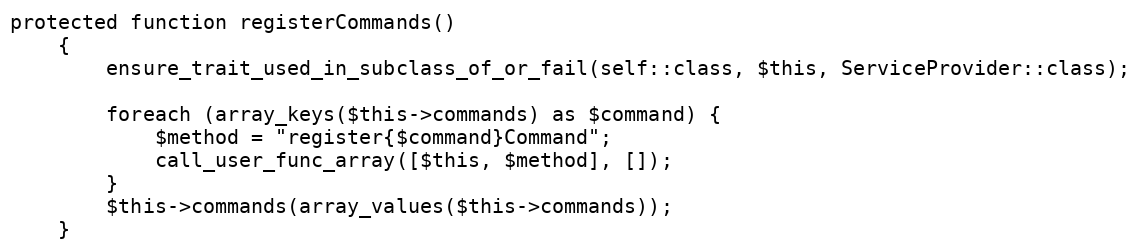
Language: PHP
protected function registerCommands()
    {
        ensure_trait_used_in_subclass_of_or_fail(self::class, $this, ServiceProvider::class);

        foreach (array_keys($this->commands) as $command) {
            $method = "register{$command}Command";
            call_user_func_array([$this, $method], []);
        }
        $this->commands(array_values($this->commands));
    }